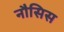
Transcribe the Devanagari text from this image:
नौसिस